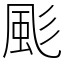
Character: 颩